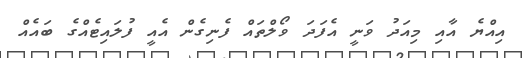
އިއްޔެ އާއި މިއަދު ވަނީ އެފަދަ ވޯލްތައް ފެނިގެން އެއީ ފުލައިޓެއްގެ ބައެއް